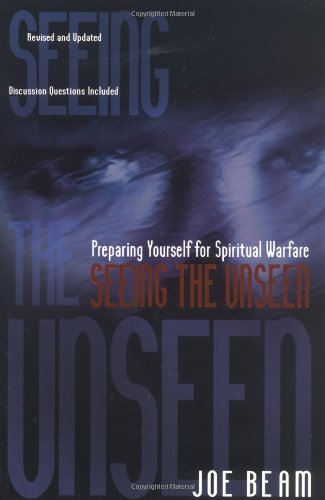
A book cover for Seeing the Unseen; Joe Beam; Christian Books & Bibles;